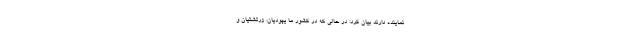
نماینده دارند بیان کرد: در حالی که در کشور ما یهودیان، زرتشتیان و